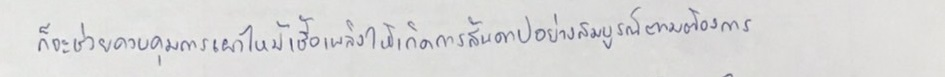
ก็จะช่วยควบคุมการเผาไหม้เชื้อเพลิงให้เกิดการสันดาปอย่างสมบูรณ์ตามต้องการ